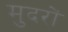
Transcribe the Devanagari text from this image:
मुदरों